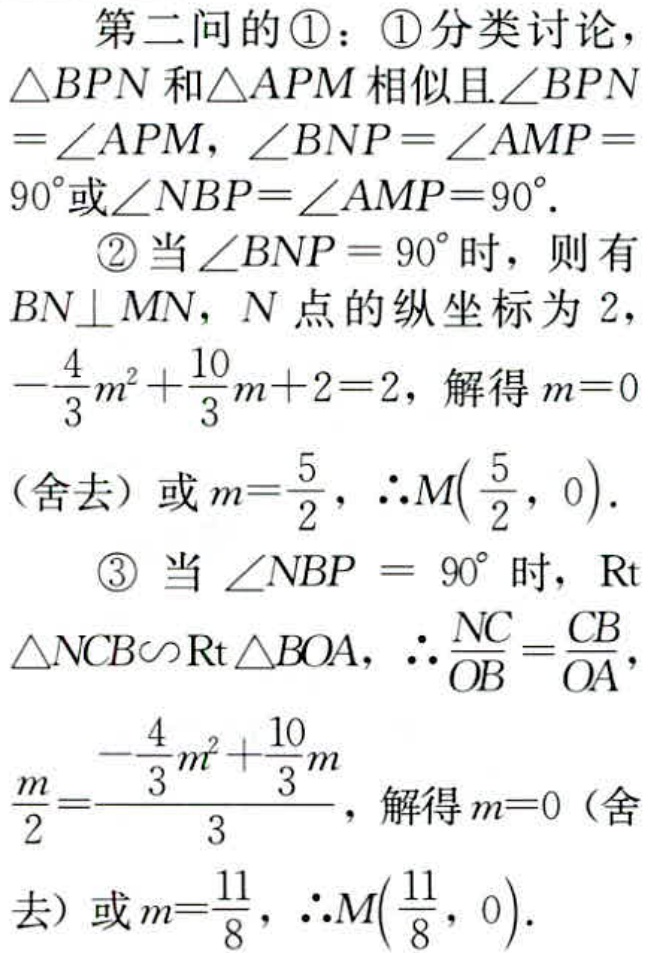
第二问的\textcircled{1}：\textcircled{1}分类讨论，
$\triangle BPN$和$\triangle APM$相似且$\angle BPN$
$=\angle APM$，$\angle BNP = \angle AMP=$
$90^{\circ}$或$\angle NBP=\angle AMP = 90^{\circ}$.
\textcircled{2}当$\angle BNP = 90^{\circ}$时，则有
$BN\perp MN$，$N$点的纵坐标为$2$，
$-\frac{4}{3}m^{2}+\frac{10}{3}m + 2 = 2$，解得$m = 0$
（舍去）或$m=\frac{5}{2}$，$\therefore M(\frac{5}{2},0)$.
\textcircled{3}当$\angle NBP = 90^{\circ}$时，$\mathrm{Rt}$
$\triangle NCB\backsim\mathrm{Rt}\triangle BOA$，$\therefore \frac{NC}{OB}=\frac{CB}{OA}$，
$\frac{m}{2}=\frac{-\frac{4}{3}m^{2}+\frac{10}{3}m}{3}$，解得$m = 0$（舍
去）或$m=\frac{11}{8}$，$\therefore M(\frac{11}{8},0)$.